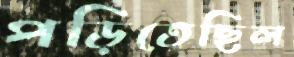
পড়িতেছিল